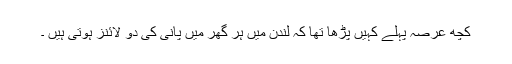
کچھ عرصہ پہلے کہیں پڑھا تھا کہ لندن میں ہر گھر میں پانی کی دو لائنز ہوتی ہیں ۔